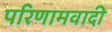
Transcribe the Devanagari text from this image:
परिणामवादी